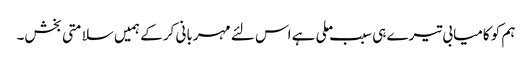
ہم کو کامیابی تیرے ہی سبب ملی ہے اس لئے مہربانی کر کے ہمیں سلامتی بخش۔